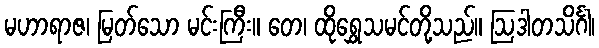
မဟာရာဇ၊ မြတ်သော မင်းကြီး။ တေ၊ ထိုရွှေသမင်တို့သည်။ ဩဒါတသိင်္ဂါ၊